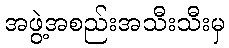
အဖွဲ့အစည်းအသီးသီးမှ